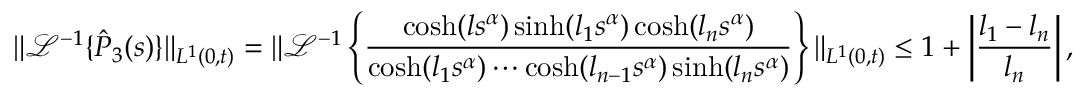
\| \mathcal { L } ^ { - 1 } \{ \hat { P } _ { 3 } ( s ) \} \| _ { L ^ { 1 } ( 0 , t ) } = \| \mathcal { L } ^ { - 1 } \left\{ \frac { \cosh ( l s ^ { \alpha } ) \sinh ( l _ { 1 } s ^ { \alpha } ) \cosh ( l _ { n } s ^ { \alpha } ) } { \cosh ( l _ { 1 } s ^ { \alpha } ) \cdots \cosh ( l _ { n - 1 } s ^ { \alpha } ) \sinh ( l _ { n } s ^ { \alpha } ) } \right\} \| _ { L ^ { 1 } ( 0 , t ) } \leq 1 + \left| \frac { l _ { 1 } - l _ { n } } { l _ { n } } \right| ,